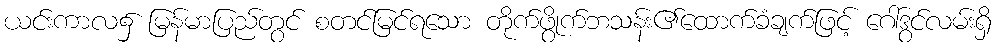
ယင်းကာလ၌ မြန်မာပြည်တွင် စတင်မြင်ရသော တိုက်ဖွိုက်ဘသန်း၏ထောက်ခံချက်ဖြင့် ဂေါ်ဒွင်လမ်းရှိ